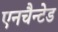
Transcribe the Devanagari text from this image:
एनचैन्टेड